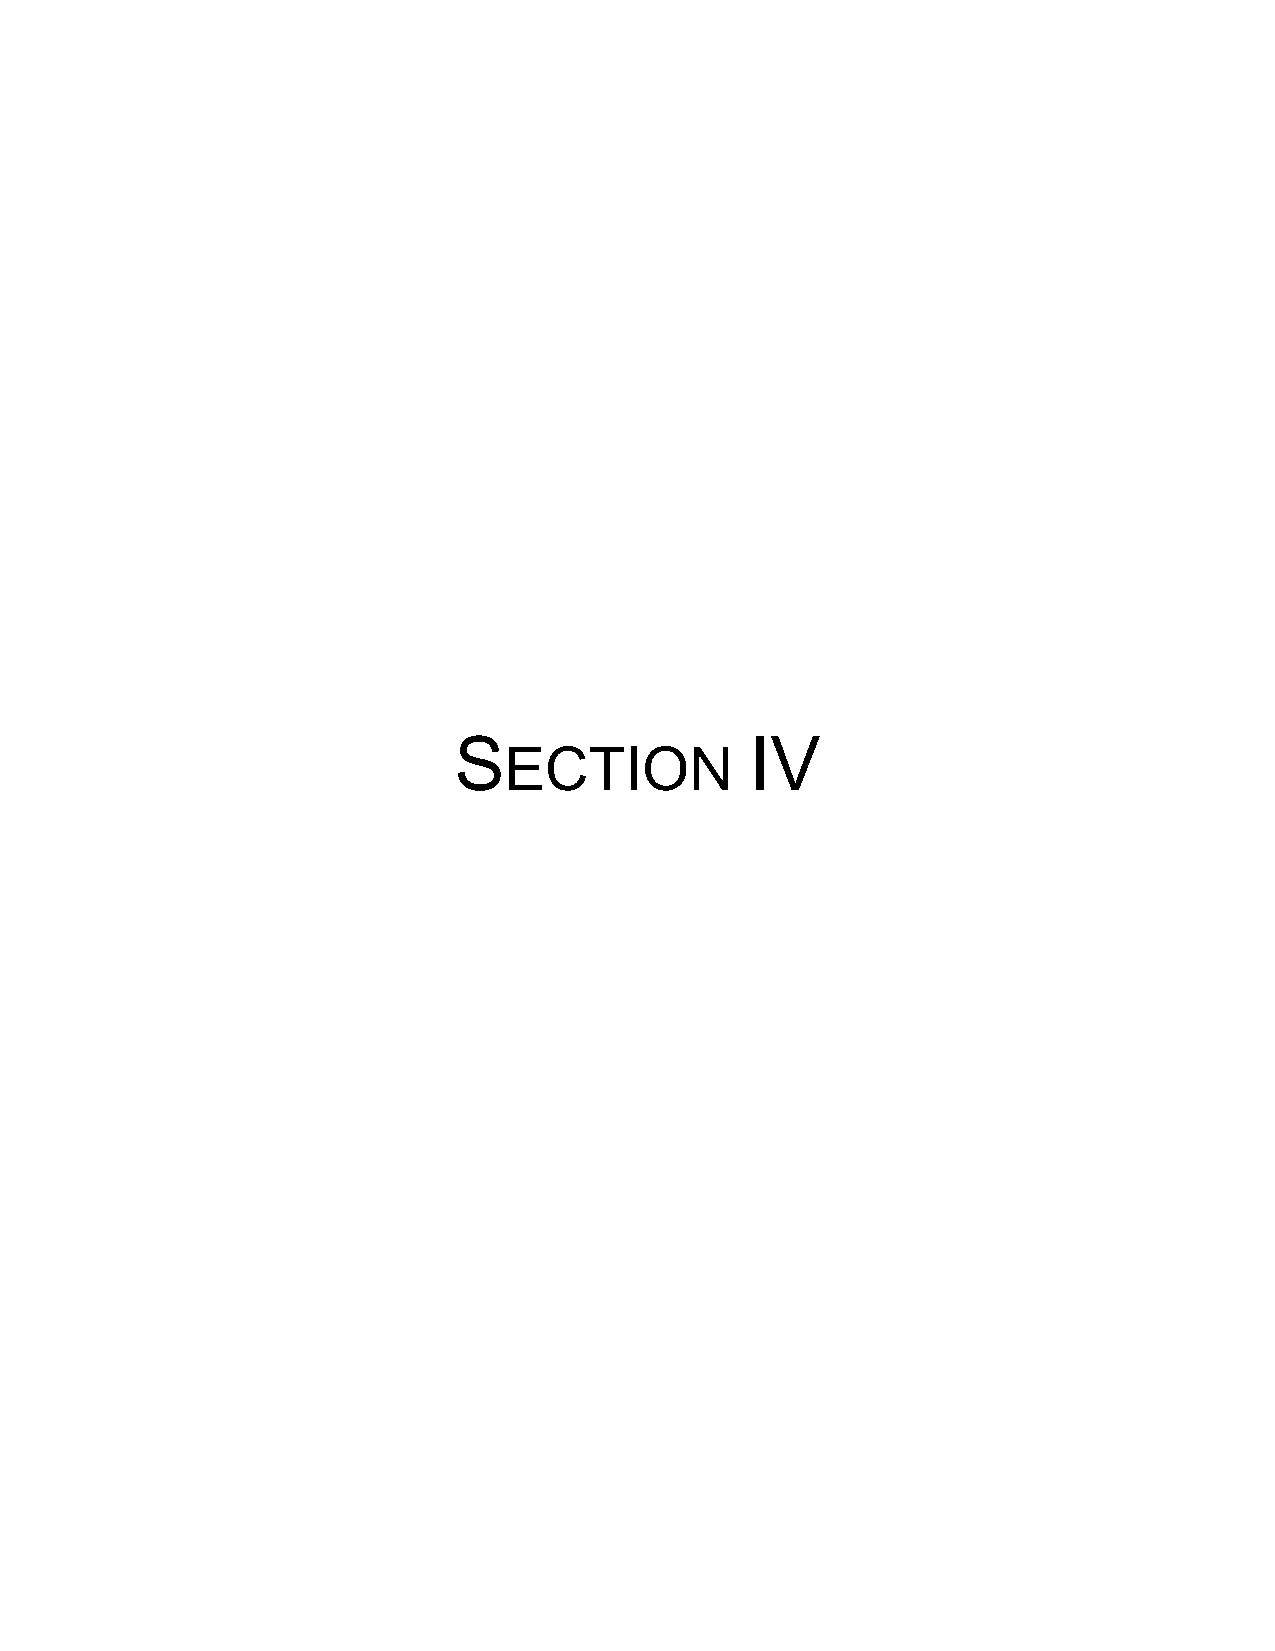
!                   "#$
 !"#$%&’
 $                   $